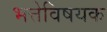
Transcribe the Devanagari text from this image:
भत्तेविषयक